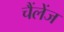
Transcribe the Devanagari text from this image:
चैंलेंज